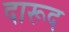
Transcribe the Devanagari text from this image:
दारूद